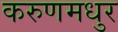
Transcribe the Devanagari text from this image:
करुणमधुर